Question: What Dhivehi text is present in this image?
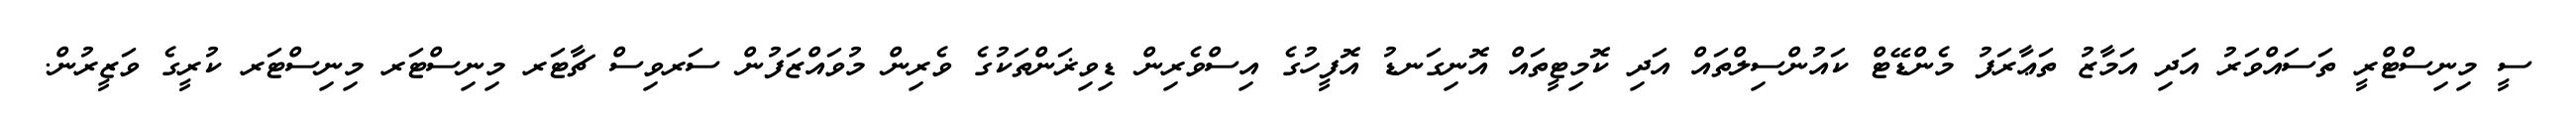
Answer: ސީ މިނިސްޓްރީ ތަސައްވަރު އަދި އަމާޒު ތަޢާރަފު މެންޑޭޓް ކައުންސިލްތައް އަދި ކޮމިޓީތައް އޮނިގަނޑު އޮފީހުގެ އިސްވެރިން ޑިވިޜަންތަކުގެ ވެރިން މުވައްޒަފުން ސަރވިސް ޗާޓަރ މިނިސްޓަރ މިނިސްޓަރ ކުރީގެ ވަޒީރުން.